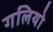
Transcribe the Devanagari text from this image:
गलियो